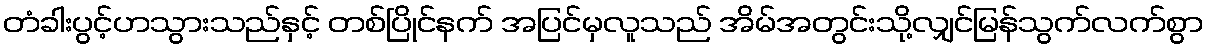
တံခါးပွင့်ဟသွားသည်နှင့် တစ်ပြိုင်နက် အပြင်မှလူသည် အိမ်အတွင်းသို့လျှင်မြန်သွက်လက်စွာ